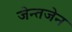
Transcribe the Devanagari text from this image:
जेन्तजेन